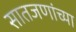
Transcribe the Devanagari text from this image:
सातजणांच्या